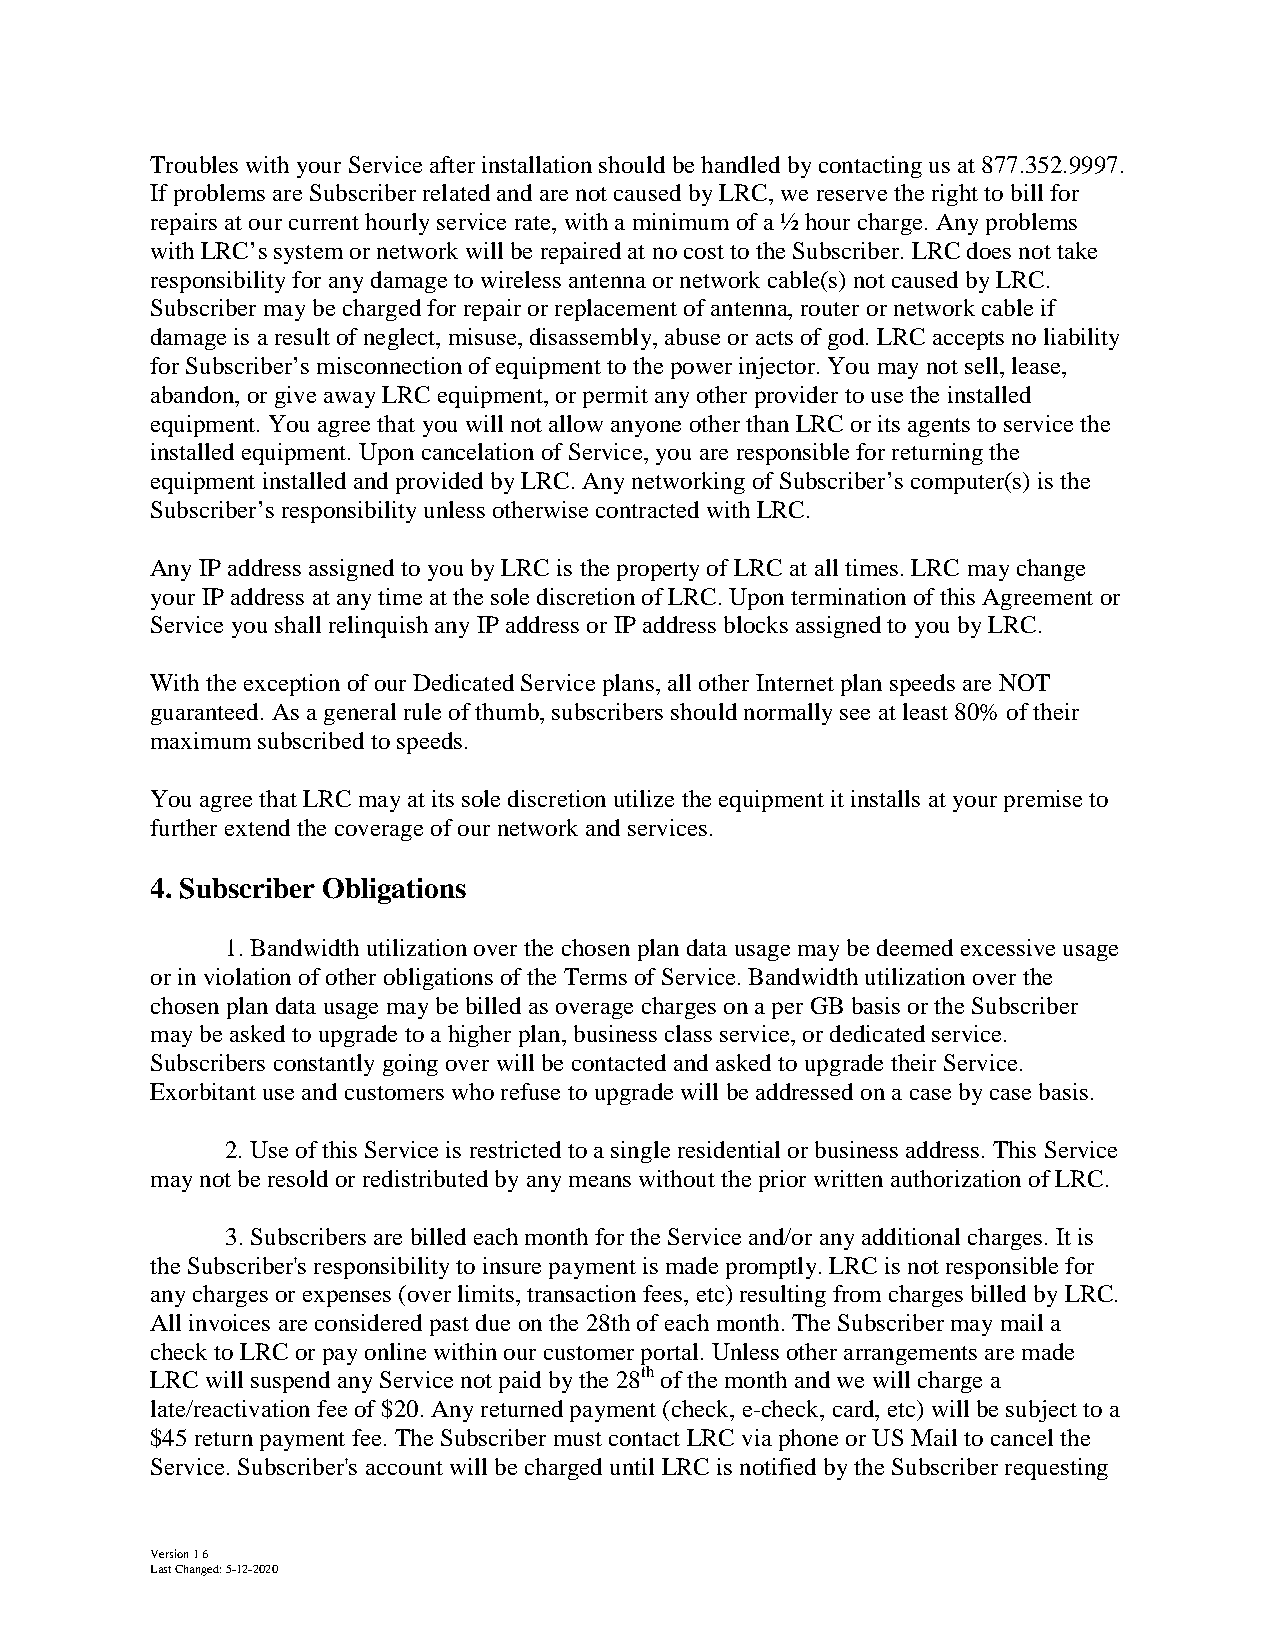
Troubles with your Service after installation should be handled by contacting us at 877.352.9997.
 If problems are Subscriber related and are not caused by LRC, we reserve the right to bill for
 repairs at our current hourly service rate, with a minimum of a ½ hour charge. Any problems
 with LRC’s system or network will be repaired at no cost to the Subscriber. LRC does not take
 responsibility for any damage to wireless antenna or network cable(s) not caused by LRC.
 Subscriber may be charged for repair or replacement of antenna, router or network cable if
 damage is a result of neglect, misuse, disassembly, abuse or acts of god. LRC accepts no liability
 for Subscriber’s misconnection of equipment to the power injector. You may not sell, lease,
 abandon, or give away LRC equipment, or permit any other provider to use the installed
 equipment. You agree that you will not allow anyone other than LRC or its agents to service the
 installed equipment. Upon cancelation of Service, you are responsible for returning the
 equipment installed and provided by LRC. Any networking of Subscriber’s computer(s) is the
 Subscriber’s responsibility unless otherwise contracted with LRC.
 Any IP address assigned to you by LRC is the property of LRC at all times. LRC may change
 your IP address at any time at the sole discretion of LRC. Upon termination of this Agreement or
 Service you shall relinquish any IP address or IP address blocks assigned to you by LRC.
 With the exception of our Dedicated Service plans, all other Internet plan speeds are NOT
 guaranteed. As a general rule of thumb, subscribers should normally see at least 80% of their
 maximum subscribed to speeds.
 You agree that LRC may at its sole discretion utilize the equipment it installs at your premise to
 further extend the coverage of our network and services.
 4. Subscriber Obligations
 1. Bandwidth utilization over the chosen plan data usage may be deemed excessive usage
 or in violation of other obligations of the Terms of Service. Bandwidth utilization over the
 chosen plan data usage may be billed as overage charges on a per GB basis or the Subscriber
 may be asked to upgrade to a higher plan, business class service, or dedicated service.
 Subscribers constantly going over will be contacted and asked to upgrade their Service.
 Exorbitant use and customers who refuse to upgrade will be addressed on a case by case basis.
 2. Use of this Service is restricted to a single residential or business address. This Service
 may not be resold or redistributed by any means without the prior written authorization of LRC.
 3. Subscribers are billed each month for the Service and/or any additional charges. It is
 the Subscriber's responsibility to insure payment is made promptly. LRC is not responsible for
 any charges or expenses (over limits, transaction fees, etc) resulting from charges billed by LRC.
 All invoices are considered past due on the 28th of each month. The Subscriber may mail a
 check to LRC or pay online within our customer portal. Unless other arrangements are made
 LRC will suspend any Service not paid by the 28th of the month and we will charge a
 late/reactivation fee of $20. Any returned payment (check, e-check, card, etc) will be subject to a
 $45 return payment fee. The Subscriber must contact LRC via phone or US Mail to cancel the
 Service. Subscriber's account will be charged until LRC is notified by the Subscriber requesting
 Version 16
 Last Changed: 5-12-2020